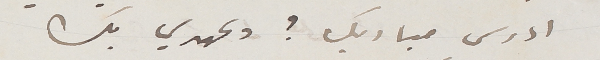
ادرس مباديك؟ وعهدي بك